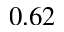
0 . 6 2